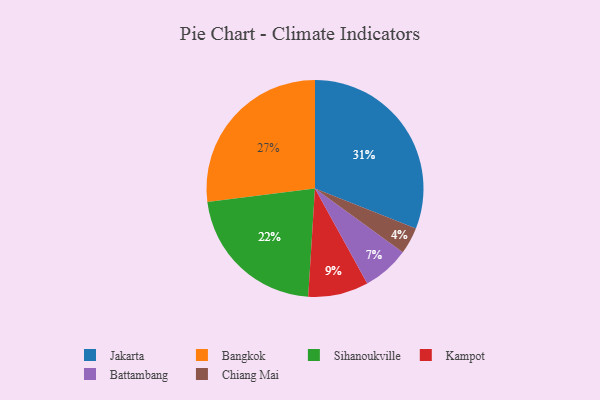
{"axis": {"x": "Category", "y": "Percentage"}, "legend": ["Bangkok", "Battambang", "Chiang Mai", "Jakarta", "Kampot", "Sihanoukville"], "data": [{"x": "Kampot", "y": 9, "type": "Kampot"}, {"x": "Battambang", "y": 7, "type": "Battambang"}, {"x": "Chiang Mai", "y": 4, "type": "Chiang Mai"}, {"x": "Bangkok", "y": 27, "type": "Bangkok"}, {"x": "Jakarta", "y": 31, "type": "Jakarta"}, {"x": "Sihanoukville", "y": 22, "type": "Sihanoukville"}]}